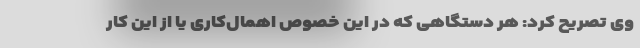
وی تصریح کرد: هر دستگاهی که در این خصوص اهمال‌کاری یا از این کار